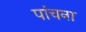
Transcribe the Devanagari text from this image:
पांचना